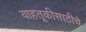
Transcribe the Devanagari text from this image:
वाहतूकीसाठीचे